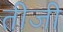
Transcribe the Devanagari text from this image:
तीजी